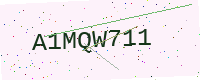
Text: A1MQW711